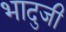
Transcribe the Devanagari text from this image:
भादुजी